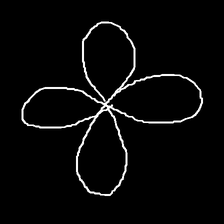
Glyph: billowing